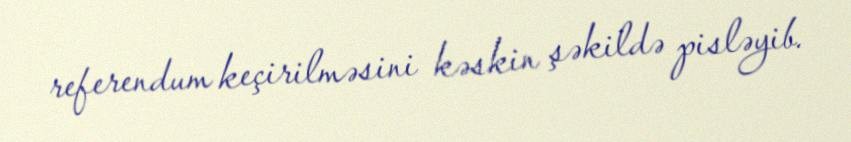
referendum keçirilməsini kəskin şəkildə pisləyib.